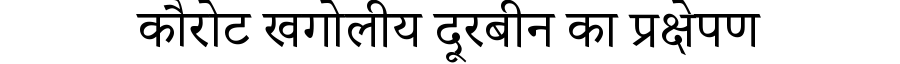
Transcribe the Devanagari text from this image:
कौरोट खगोलीय दूरबीन का प्रक्षेपण